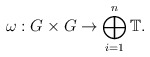
\begin{align*} \omega : G \times G \to \bigoplus_{i=1}^n \mathbb{T}.\end{align*}